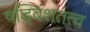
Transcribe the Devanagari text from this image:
षड्विंशतत्व